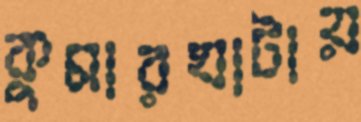
কুমারঘাটায়